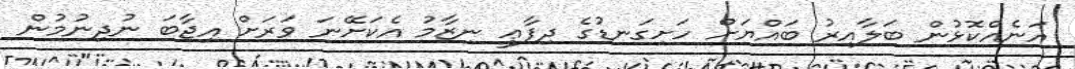
އަނެއްކޮޅުން ބަލާއިރު ބައްޔަށް ހަށިގަނޑުގެ ދިފާޢީ ނިޒާމު އެކަށޭނަ ވަރަށް އިޖާބަ ނުދިނުމުން